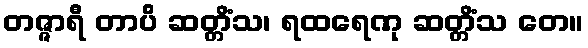
တဇ္ဇာရီ တာပိ ဆတ္တိံသ၊ ရထရေဏု ဆတ္တိံသ တေ။